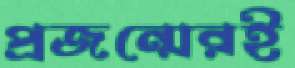
প্রজন্মেরই